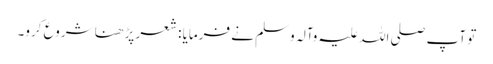
تو آپ صلی اللہ علیہ وآلہ وسلم نے فرمایا : شعر پڑھنا شروع کرو۔